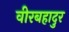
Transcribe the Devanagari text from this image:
वीरबहादुर